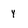
Character: y